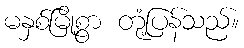
မနှစ်မြို့စွာ တုံ့ပြန်သည်။